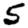
Digit: 5